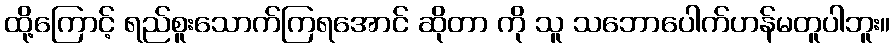
ထို့ကြောင့် ရည်စူးသောက်ကြရအောင် ဆိုတာ ကို သူ သဘောပေါက်ဟန်မတူပါဘူး။